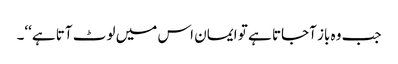
جب وہ باز آجاتا ہے تو ایمان اس میں لوٹ آتا ہے‘‘۔